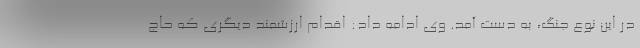
در این نوع جنگ، به دست آمد. وی ادامه داد: اقدام ارزشمند دیگری که حاج